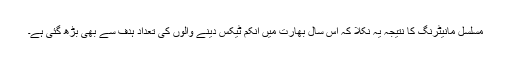
مسلسل مانیٹرنگ کا نتیجہ یہ نکلا کہ اس سال بھارت میں انکم ٹیکس دینے والوں کی تعداد ہدف سے بھی بڑھ گئی ہے۔